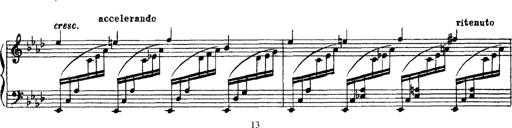
Title: 3 sonetti di Petrarca
Composer: Franz Liszt